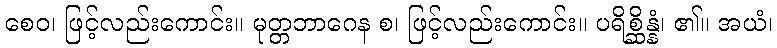
စေဝ၊ ဖြင့်လည်းကောင်း။ မုတ္တဘာဂေန စ၊ ဖြင့်လည်းကောင်း။ ပရိစ္ဆိန္နံ၊ ၏။ အယံ၊